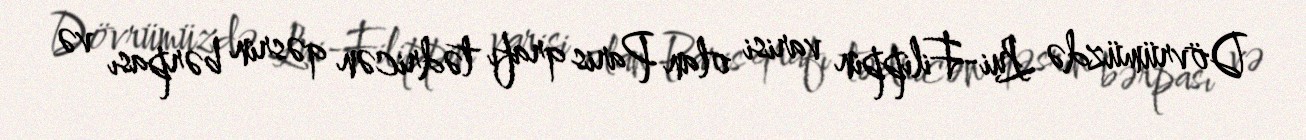
Dövrümüzdə Lui-Filippin varisi olan Paris qrafı tədricən qəsrin bərpası və